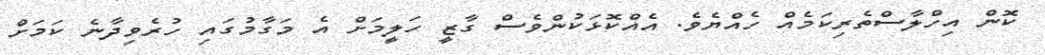
ކޮން އިހްލާސްތެރިކަމެއް ހެއްޔެވެ. އެއްކޮޅަކުންވެސް ގާޒީ ހަލީމަށް އެ މަގާމުގައި ހުރެވިދާނެ ކަމަށް